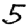
Digit: 5